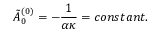
\tilde { A } _ { 0 } ^ { ( 0 ) } = - \frac { 1 } { \alpha \kappa } = c o n s t a n t .